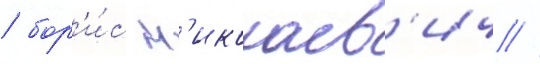
/ бор'и́с н'иколаев'ич //